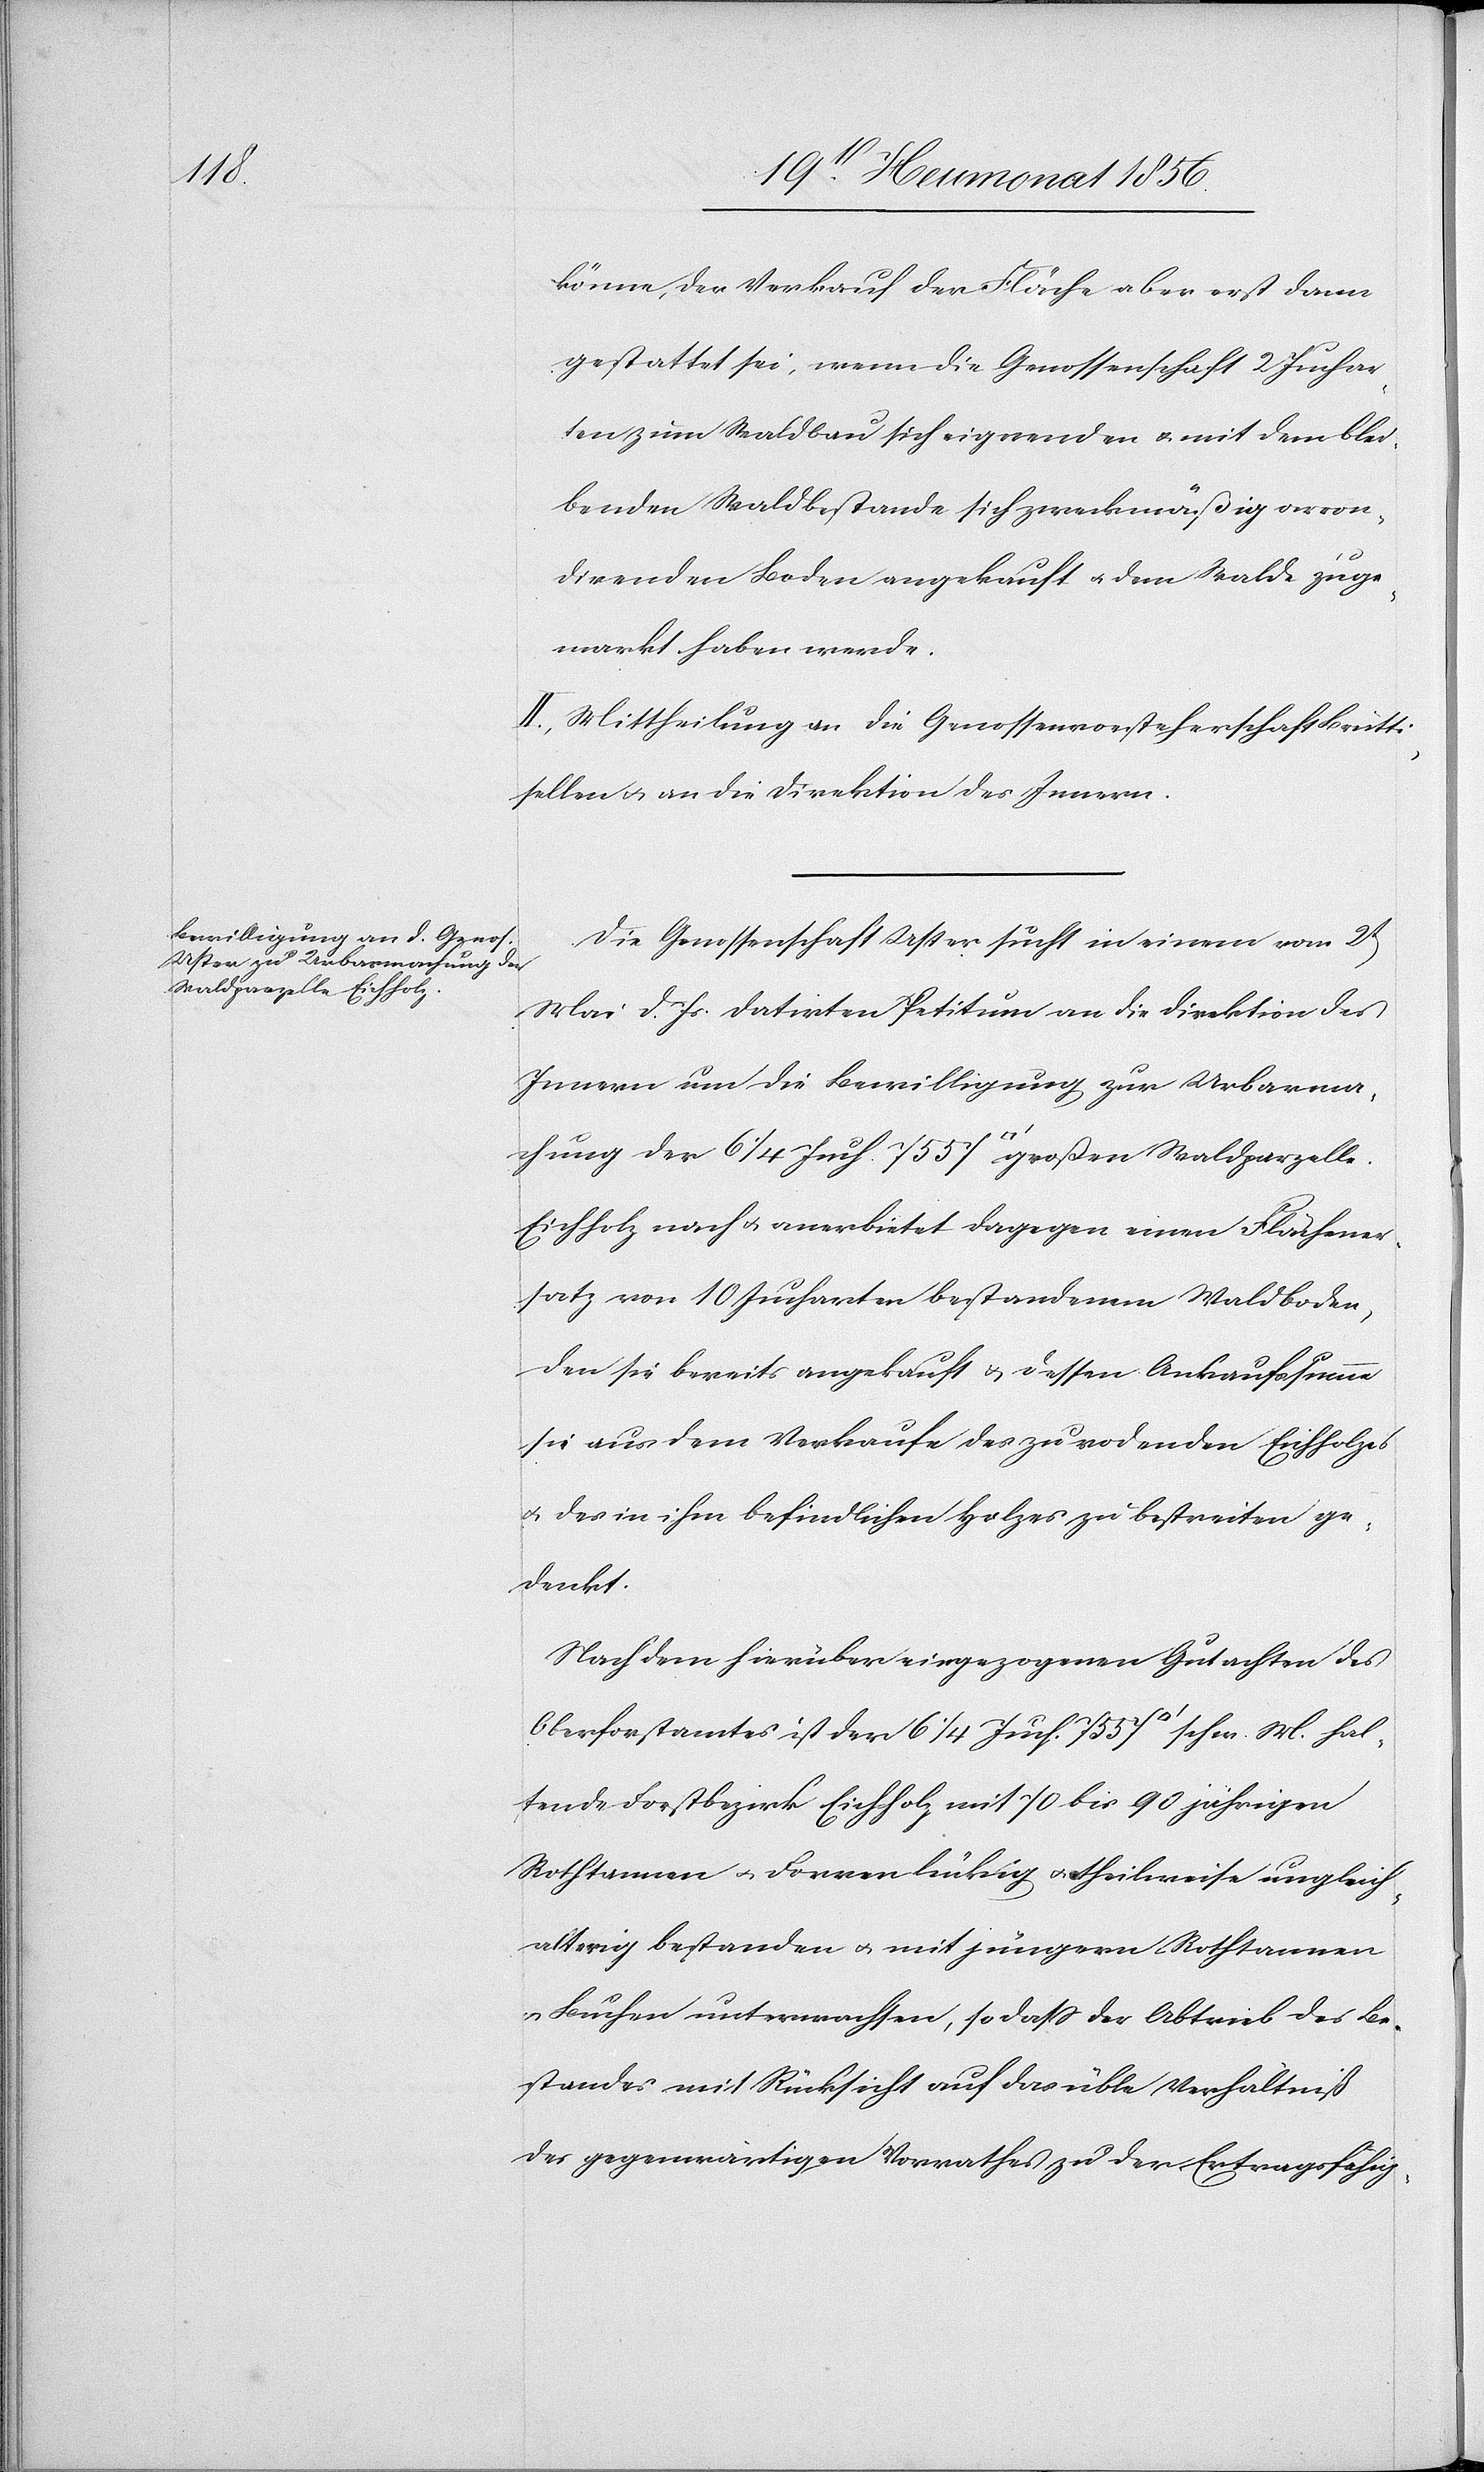
hal¬

könne, der Verkauf der Fläche aber erst dann
gestattet sei, wenn die Genossenschaft 2 Juchar¬
ten zum Waldbau sich eignenden u. mit dem blei¬
benden Waldbestande sich zweckmäßig arron¬
direnden Boden angekauft u. dem Walde zuge¬
markt haben werde.
II. Mittheilung an die Genossenvorsteherschaft Brütti¬
sellen u. an die Direktion des Innern.
Die Genossenschaft Uster sucht in einem vom 2t
Mai d. Js. datirten Petitum an die Direktion des
Innern um die Bewilligung zur Urbarma¬
Eichholz nach u. anerbietet dagegen einen Flächener¬
satz von 10 Jucharten bestandenem Waldboden,
den sie bereits angekauft & dessen Ankaufssumme
sie aus dem Verkaufe des zu rodenden Eichholzes
u. des in ihm befindlichen Holzes zu bestreiten ge¬
denkt.
Nach dem hierüber eingezogenen Gutachten des
Oberforstamtes ist der 6 1/4 Juch. 7557 [Quadrat¬
tende Forstbezirk Eichholz mit 70 bis 90 jährigen
Rothtannen u. Forren lückig u. theilweise ungleich¬
alterig bestanden u. mit jüngern Rothtannen
Buchen unterwachsen, so dass der Abtrieb des Be¬
standes mit Rücksicht auf das üble Verhältniß
des gegenwärtigen Vorrathes zu der Ertragsfähig-